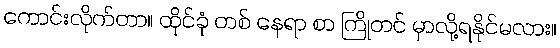
ကောင်းလိုက်တာ။ ထိုင်ခုံ တစ် နေရာ စာ ကြိုတင် မှာလို့ရနိုင်မလား။